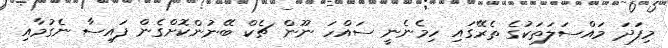
މިފަދަ މައްސަލަތަކުގެ ތެރޭގައި ހިމެނެނީ ސައްހަ ނޫން ޗެކް ބޭނުންކޮށްގެން ފައިސާ ނެގުމާއި